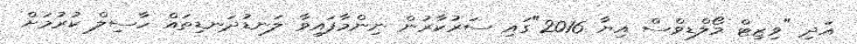
އަދި "ވިޒިޓް މޯލްޑިވްސް އިޔާ 2016"ގައި ސަރުކާރުން ނިންމާފައިވާ ލަނޑުދަނޑިތައް ހާސިލް ކުރުމަށް